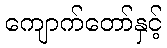
ကျောက်တော်နှင့်